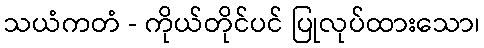
သယံကတံ - ကိုယ်တိုင်ပင် ပြုလုပ်ထားသော၊